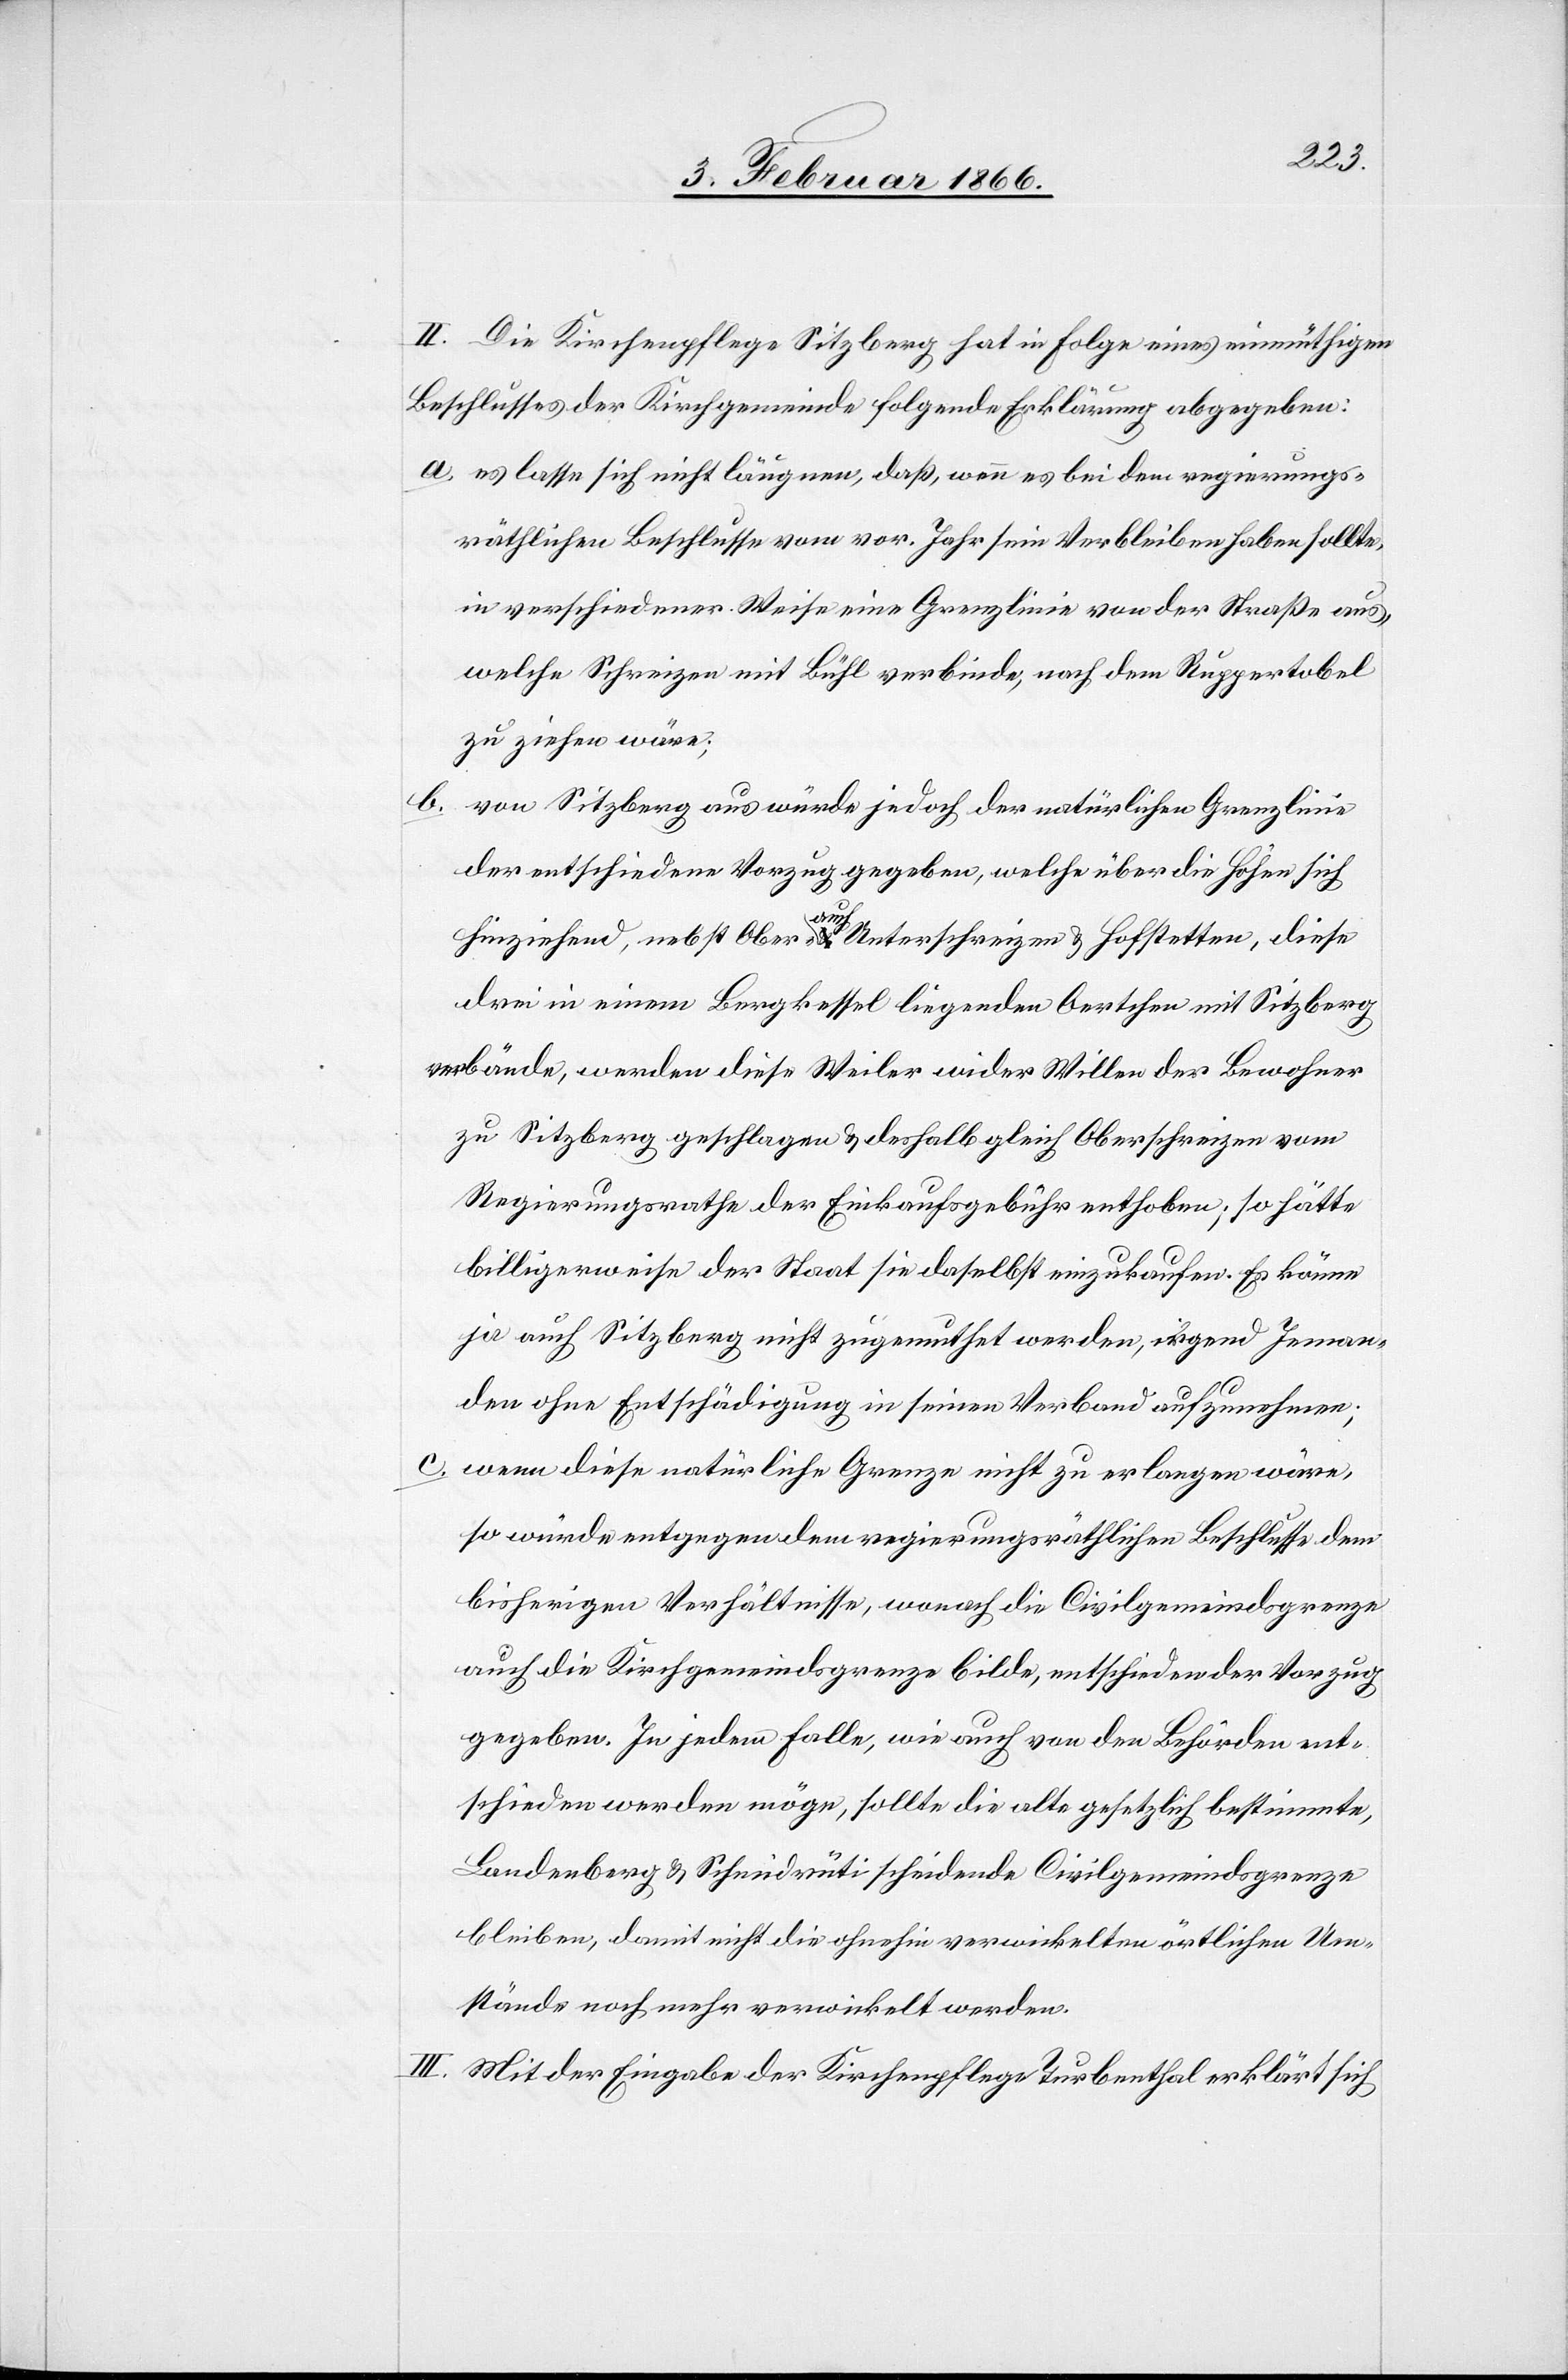
b.

II. Die Kirchenpflege Sitzberg hat in Folge eines einmüthigen
Beschlusses der Kirchgemeinde folgende Erklärung abgegeben:
a. es lasse sich nicht läugnen, daß, wenn es bei dem regierungs¬
räthlichen Beschlusse vom vor. Jahr sein Verbleiben haben sollte,
in verschiedener Weise eine Grenzlinie von der Straße aus,
welche Schreizen mit Bühl verbinde, nach dem Ruppentobel
zu ziehen wäre;
von Sitzberg aus würde jedoch der natürlichen Grenzlinie
der entschiedene Vorzug gegeben, welche über die Höhen sich
hinziehend, nebst Ober- auch Unterschreizen u. Hofstetten, diese
drei in einem Bergkessel liegenden Oertchen mit Sitzberg
verbände, werden diese Weile wider Willen der Bewohner
zu Sitzberg geschlagen u. deshalb gleich Oberschreizen vom
Regierungsrathe der Einkaufsgebühr enthoben; so hätte
billigerweise der Staat sie daselbst einzukaufen. Es könne
ja auch Sitzberg nicht zugemuthet werden, irgend Jeman¬
den ohne Entschädigung in seinen Verband aufzunehmen;
c. wenn diese natürliche Grenze nicht zu erlangen wäre,
so würde entgegen dem regierungsräthlichen Beschlusse dem
bisherigen Verhältnisse, wonach die Civilgemeindsgrenze
auch die Kirchgemeindsgrenze bilde, entschieden der Vorzug
gegeben. In jedem Falle, wie auch von den Behörden ent¬
schieden werden möge, sollte die alte gesetzlich bestimmte,
Landenberg u. Schmidrüti scheidende Civilgemeindsgrenze
bleiben, damit nicht die ohnehin verwickelten örtlichen Um¬
stände noch mehr verwickelt werden.
III. Mit der Eingabe der Kirchenpflege Turbenthal erklärt sich